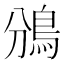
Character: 鳻